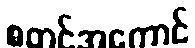
စတင်အကောင်